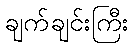
ချက်ချင်းကြီး